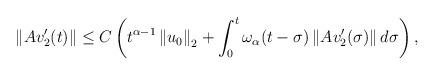
LaTeX: \begin{align*} \left\| Av_2'(t)\right\| \leq C \left( t^{\alpha-1}\left\| u_0\right\|_2 + \int_0^t \omega_{\alpha}(t-\sigma) \left\| Av_2'(\sigma) \right\|d\sigma \right), \end{align*}